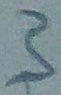
Text: 3